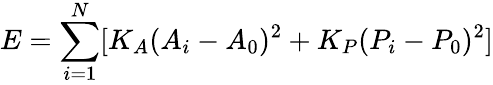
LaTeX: E=\sum_{i=1}^{N}[K_{A}(A_{i}-A_{0})^{2}+K_{P}(P_{i}-P_{0})^{2}]